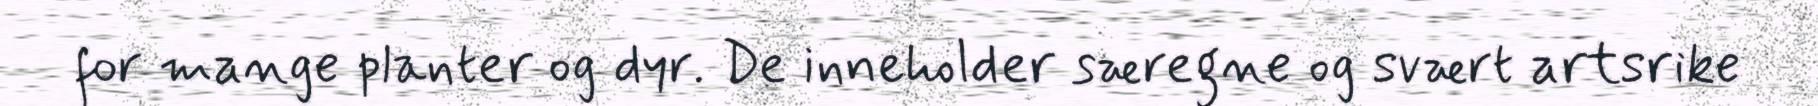
for mange planter og dyr. De inneholder særegne og svært artsrike